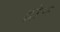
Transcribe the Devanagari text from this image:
द्रोन